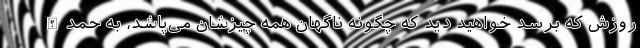
روزش که برسد خواهید دید که چگونه ناگهان همه چیزشان می‌پاشد، به حمدالله